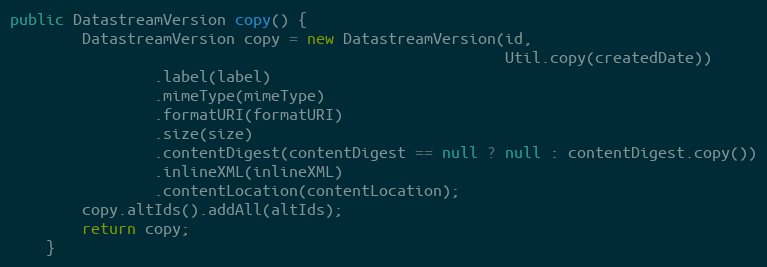
Language: Java
public DatastreamVersion copy() {
        DatastreamVersion copy = new DatastreamVersion(id,
                                                       Util.copy(createdDate))
                .label(label)
                .mimeType(mimeType)
                .formatURI(formatURI)
                .size(size)
                .contentDigest(contentDigest == null ? null : contentDigest.copy())
                .inlineXML(inlineXML)
                .contentLocation(contentLocation);
        copy.altIds().addAll(altIds);
        return copy;
    }